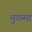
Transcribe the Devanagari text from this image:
मुगम्मा